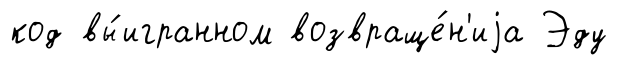
код вы́игранном возвраще́н'иjа Эду